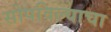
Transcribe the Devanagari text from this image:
सोपविल्याचा